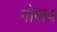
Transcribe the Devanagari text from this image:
गोसप